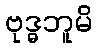
ဗုဒ္ဓဘူမိ